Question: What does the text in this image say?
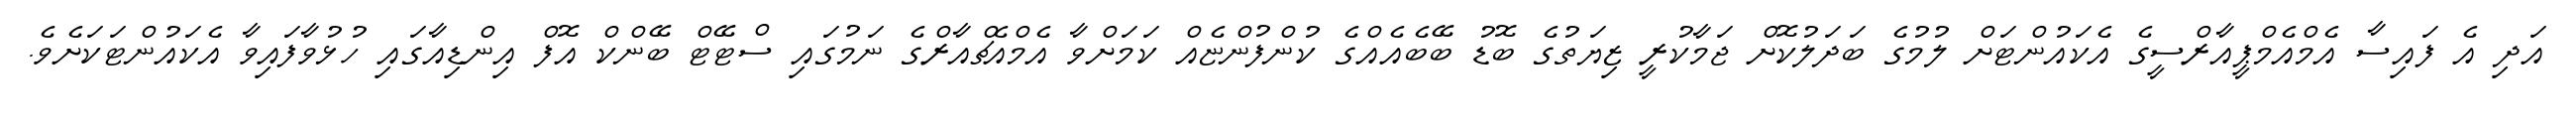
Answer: އަދި އެ ފައިސާ އެމްއެމްޕީއާރްސީގެ އެކައުންޓަށް ލުމުގެ ބަދަލުކޮށް ޖަމާކުރީ ޒިޔަތުގެ ބޮޑު ބޭބެއެއްގެ ކުންފުންޏެއް ކަމަށްވާ އެމްއެޗްއާރްގެ ނަމުގައި ސްޓޭޓް ބޭންކް އޮފް އިންޑިއާގައި ހުޅުވާފައިވާ އެކައުންޓަކަށެވެ.